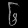
Digit: ၆